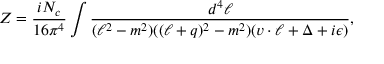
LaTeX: Z = \frac { i N _ { c } } { 1 6 \pi ^ { 4 } } \int \frac { d ^ { 4 } \ell } { ( \ell ^ { 2 } - m ^ { 2 } ) ( ( \ell + q ) ^ { 2 } - m ^ { 2 } ) ( v \cdot \ell + \Delta + i \epsilon ) } ,